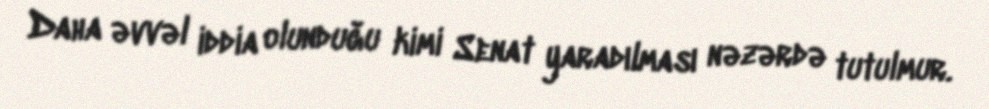
Daha əvvəl iddia olunduğu kimi Senat yaradılması nəzərdə tutulmur.